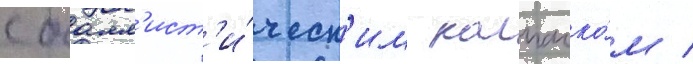
с балл'ист'и́ческ'им колпачко́м /